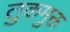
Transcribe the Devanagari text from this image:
तुकमुक्त